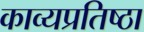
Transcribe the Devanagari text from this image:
काव्यप्रतिष्ठा